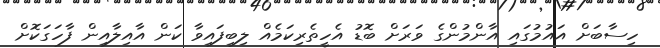
ހިސާބަށް އައުމުގައި އާންމުންގެ ވަރަށް ބޮޑު އެހީތެރިކަމެއް ލިބިފައިވާ ކަން އާއިލާއިން ފާހަގަކޮށް